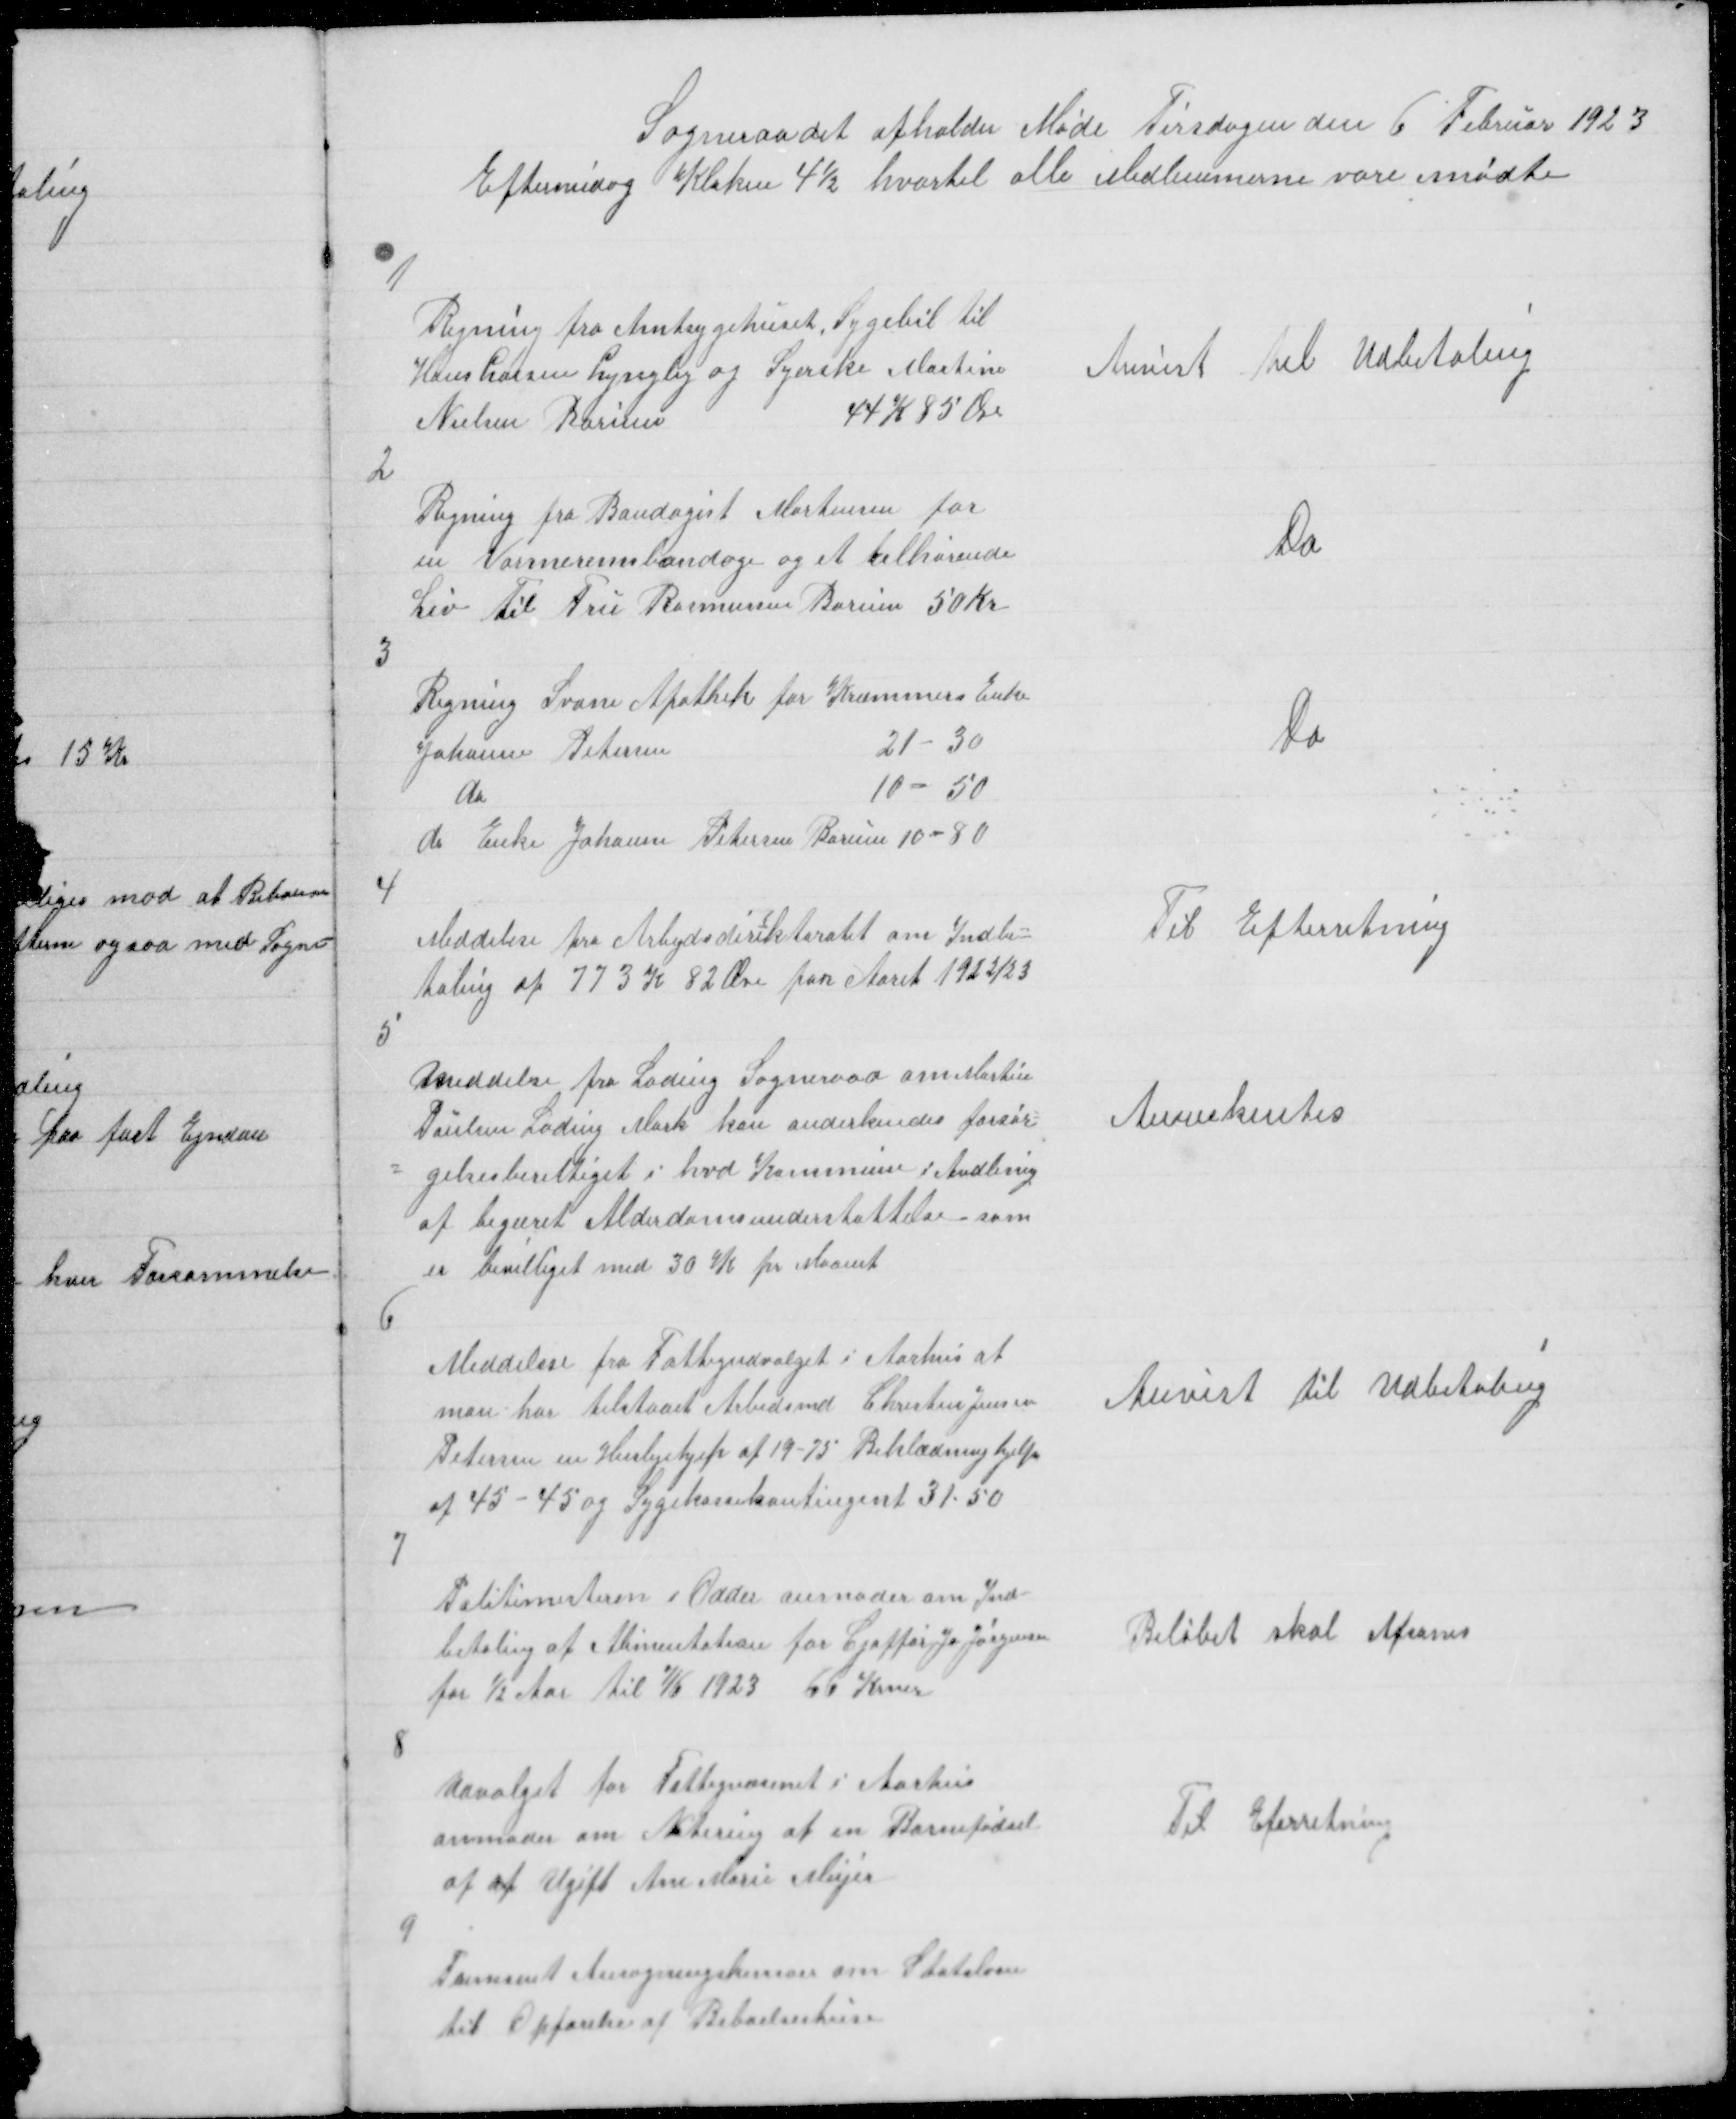
Transskription:
Sogneraadet afholder Møde Tirsdagen den 6 Februar 1923
Eftermidag Kloken 4½ hvortil alle Medlemmerne vare mødte

1

Regning fra Amtsygehuset, Sygebil til
Hans Larsen Lyngby og Syerske Martine
Nielsen Borum
44 K 85 Øre

Anvist til Udbetaling

2

Regning fra Bandagist Mortensen for
en Varmeremsbandage og et tilhørende
Liv til Fru Rasmussen Borum 50 Kr

Do

3

Regning Svane Apothek for Kræmmers Enke
Johanne Petersen
21 - 30
do
10 - 50
do Enke Johanne Petersen Borum 10 - 80

Do

4

Til Efterretning

Meddelese fra Arbejdsdirektoratet om Indbe=
taling af 773 K 82 Øre far Aaret 1922/23

5

Meddelse fra Lading Sogneraad om Martin
Poulsen Lading Mark kan anderkendes forsør=
= gelsesberettiget i hvd Kommune i Andlenig
af begæret Alderdomsunderstøttelse - som
er bevilliget med 30 K pr Maanet

Anerkentes

6

Meddelese fra Fattigudvalget i Aarhus at
man har tilstaaet Arbedsmd Chresten Jensen
Petersen en Huslejehjep at 19-75 Beklædninghjelp
af 45 - 45 og Sygekassekontingent 31.50

Anvist til Udbetaling

7

Politimesteren i Odder anmoder om Ind=
betaling af Alimentation for Cjoffør Jo Jørgensen
for ½ Aar til 7/6 1923 66 Krner

Beløbet skal Afsones

8

Udvalget for Fattigvæsenet i Aarhus
anmoder om Notering af en Barnefødsel
af af Ugift Ane Marie Mejer

Til Eferretning

9

Fremsent Ansøgningskemaer til Statslaan
til Opførelse af Beboelseshuse